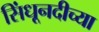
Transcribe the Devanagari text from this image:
सिंधूनदीच्या